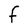
Character: F